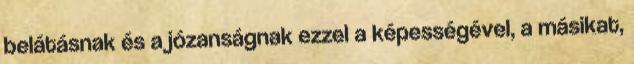
belátásnak és a józanságnak ezzel a képességével, a másikat,